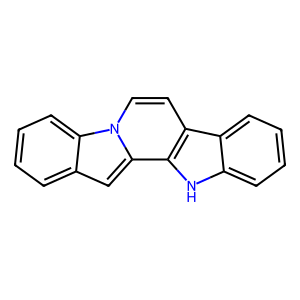
SMILES: c1ccc2c(c1)cc1c3[nH]c4ccccc4c3ccn21
Inhibits HIV replication: No